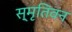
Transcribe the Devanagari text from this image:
स्मृतिवन